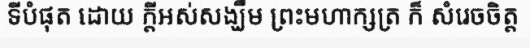
ទីបំផុត ដោយ ក្តីអស់សង្ឃឹម ព្រះមហាក្សត្រ ក៏ សំរេចចិត្ត